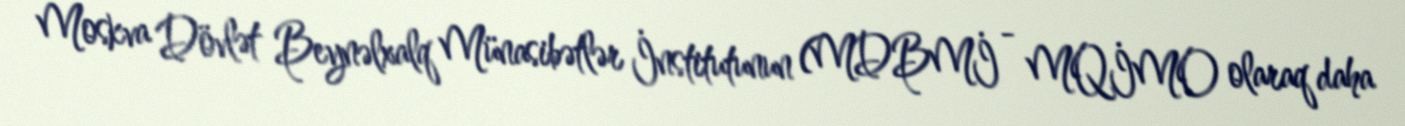
Moskva Dövlət Beynəlxalq Münasibətlər İnstitutunun (MDBMİ - MQİMO olaraq daha